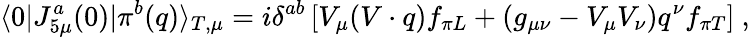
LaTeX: \langle 0\vert J_{5\mu}^{a}(0)\vert\pi^{b}(q)\rangle_{T,\mu}=i\delta^{ab}\left[V_{\mu}(V\cdot q)f_{\pi L}+(g_{\mu\nu}-V_{\mu}V_{\nu})q^{\nu}f_{\pi T}\right]\ ,